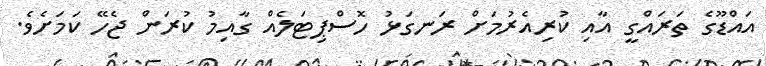
އައްޑޫގެ ތަރައްގީ އާއި ކުރިއެރުމަށް ރަނގަޅު ހޮސްޕިޓަލެއް ގާއިމު ކުރަން ޖެހޭ ކަމަށެވެ.